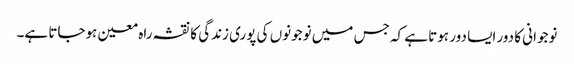
نوجوانی کا دور ایسا دور ہوتا ہے کہ جس میں نوجونوں کی پوری زندگی کا نقشہ راہ معین ہوجاتا ہے۔